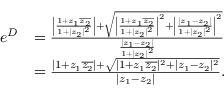
\begin{array} { r l } { e ^ { D } } & { = \frac { \left| \frac { 1 + z _ { 1 } \overline { { z _ { 2 } } } } { 1 + | z _ { 2 } | ^ { 2 } } \right| + \sqrt { \left| \frac { 1 + z _ { 1 } \overline { { z _ { 2 } } } } { 1 + | z _ { 2 } | ^ { 2 } } \right| ^ { 2 } + \left| \frac { | z _ { 1 } - z _ { 2 } | } { 1 + | z _ { 2 } | ^ { 2 } } \right| ^ { 2 } } } { \frac { | z _ { 1 } - z _ { 2 } | } { 1 + | z _ { 2 } | ^ { 2 } } } } \\ & { = \frac { | 1 + z _ { 1 } \overline { { z _ { 2 } } } | + \sqrt { | 1 + z _ { 1 } \overline { { z _ { 2 } } } | ^ { 2 } + | z _ { 1 } - z _ { 2 } | ^ { 2 } } } { | z _ { 1 } - z _ { 2 } | } . } \end{array}